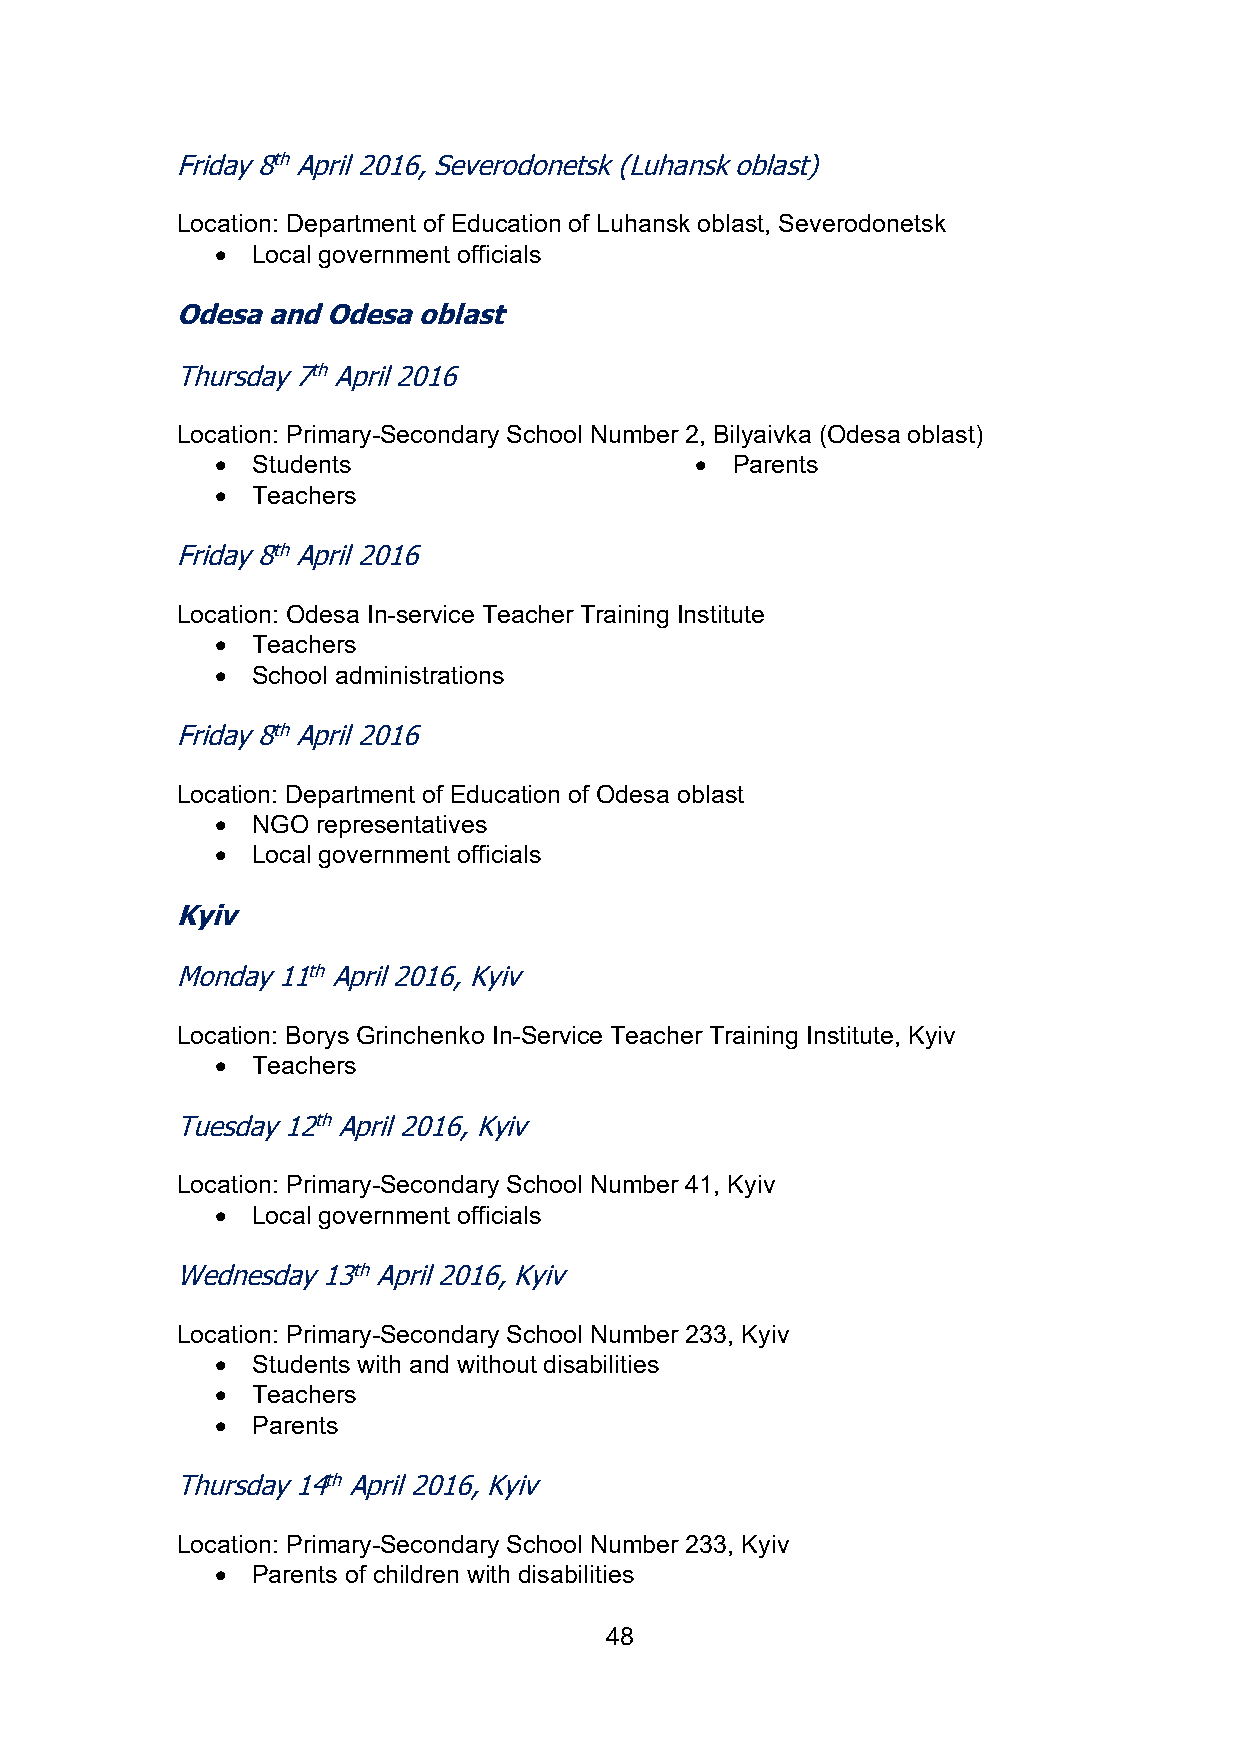
Friday 8th April 2016, Severodonetsk (Luhansk oblast)
 Location: Department of Education of Luhansk oblast, Severodonetsk
   Local government officials
 Odesa and Odesa oblast
 Thursday 7th April 2016
 Location: Primary-Secondary School Number 2, Bilyaivka (Odesa oblast)
   Students                      Parents
   Teachers
 Friday 8th April 2016
 Location: Odesa In-service Teacher Training Institute
   Teachers
   School administrations
 Friday 8th April 2016
 Location: Department of Education of Odesa oblast
   NGO representatives
   Local government officials
 Kyiv
 Monday 11th April 2016, Kyiv
 Location: Borys Grinchenko In-Service Teacher Training Institute, Kyiv
   Teachers
 Tuesday 12th April 2016, Kyiv
 Location: Primary-Secondary School Number 41, Kyiv
   Local government officials
 Wednesday 13th April 2016, Kyiv
 Location: Primary-Secondary School Number 233, Kyiv
   Students with and without disabilities
   Teachers
   Parents
 Thursday 14th April 2016, Kyiv
 Location: Primary-Secondary School Number 233, Kyiv
   Parents of children with disabilities
 48